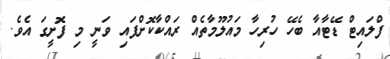
ފްލައިޓް ޑޭޓާއާ ބެހޭ ހުރިހާ މައުލޫމާތެއް ރައްކާކޮށްފައި ވަނީ މި ފޮށީގަ އެވެ.